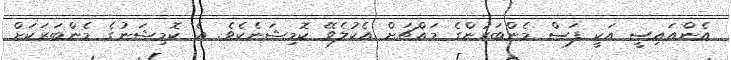
އެންއައިސީ އަކީ ފަސް މެންބަރުންގެ މައްޗަށް އެކުލެވޭ ކޮމިޝަނެކެވެ. އެ ކޮމިޝަނުގެ މެންބަރަކަށް